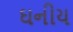
ઘનીય